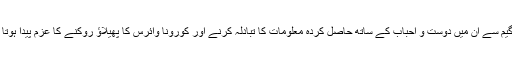
اس گیم سے ان میں دوست و احباب کے ساتھ حاصل کردہ معلومات کا تبادلہ کرنے اور کورونا وائرس کا پھیلاؤ روکنے کا عزم پیدا ہوتا ہے۔